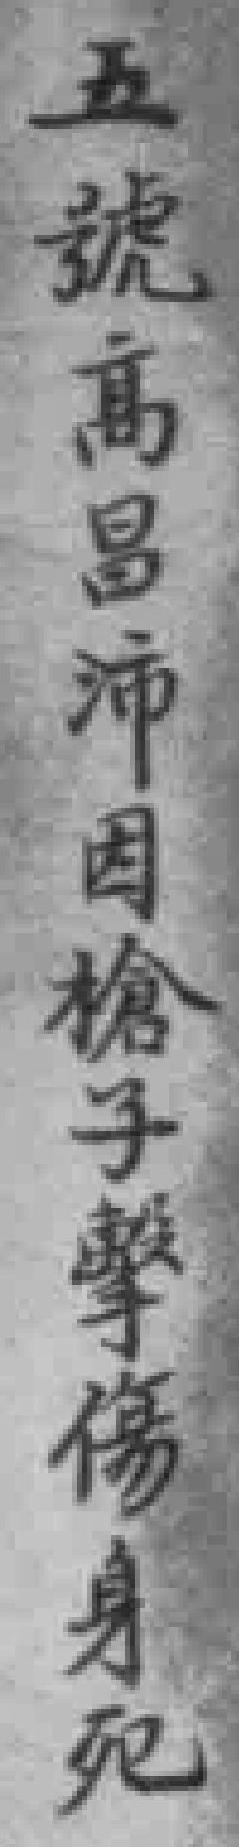
五號高昌沛因槍子擊傷身死